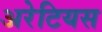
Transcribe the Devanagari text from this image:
अरेटियस